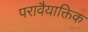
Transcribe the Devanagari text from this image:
परावैयाक्तिक